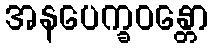
အနပေက္ခဝန္တော